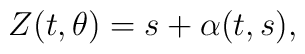
Z(t, \theta) = s + \alpha(t, s),